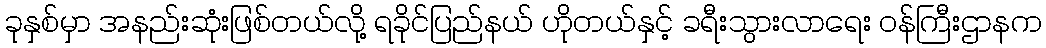
ခုနှစ်မှာ အနည်းဆုံးဖြစ်တယ်လို့ ရခိုင်ပြည်နယ် ဟိုတယ်နှင့် ခရီးသွားလာရေး ဝန်ကြီးဌာနက